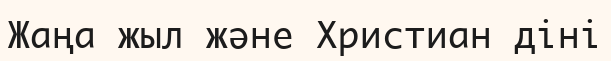
Жаңа жыл және Христиан діні